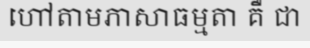
ហៅតាមភាសាធម្មតា គឺ ជា